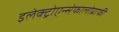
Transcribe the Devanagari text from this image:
इलेक्ट्रोएन्सेफालोग्राफी